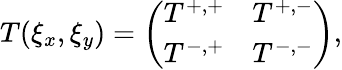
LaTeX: T(\xi_{x},\xi_{y})=\left(\begin{array}{cc}{T^{+,+}}&{T^{+,-}}\\ {T^{-,+}}&{T^{-,-}}\end{array}\right),